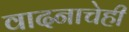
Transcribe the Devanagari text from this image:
वादनाचेही